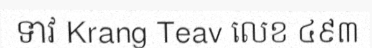
ទាវ Krang Teav លេខ ៤៩៣